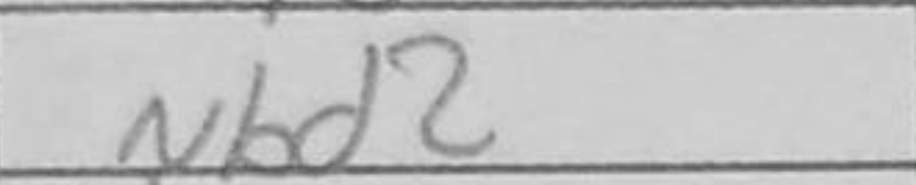
Transcription: Nbd2